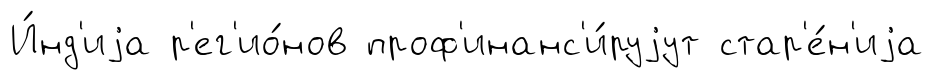
И́нд'иjа р'ег'ио́нов проф'инанс'и́руjут стар'е́н'иjа